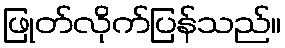
ဖြုတ်လိုက်ပြန်သည်။